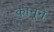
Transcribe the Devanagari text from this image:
कानूने